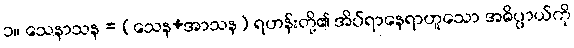
၁။ သေနာသန = (သေန+အာသန) ရဟန်းတို့၏ အိပ်ရာနေရာဟူသော အဓိပ္ပာယ်ကို